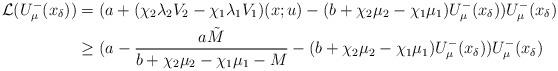
LaTeX: \begin{align*}\mathcal{L}(U_{\mu}^{-}(x_{\delta}))&=(a+(\chi_2\lambda_2V_{2}-\chi_1\lambda_1V_1)(x;u)-(b+\chi_2\mu_2-\chi_1\mu_1)U_{\mu}^-(x_\delta))U_{\mu}^-(x_\delta)\\& \geq (a -\frac{ a\tilde M}{b+\chi_2\mu_2-\chi_1\mu_1-M}-(b+\chi_2\mu_2-\chi_1\mu_1)U_{\mu}^{-}(x_{\delta}))U_{\mu}^{-}(x_{\delta})\\\end{align*}